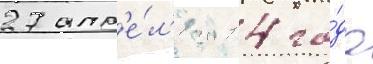
27 апр'е́л'я 2014 го́да